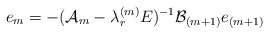
\begin{align*}e_m = - ({\cal A}_m - \lambda_r^{(m)} E)^{-1} {\cal B}_{(m+1)} e_{(m+1)}\end{align*}